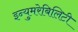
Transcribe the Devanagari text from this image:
इन्युमरेबिलिटी